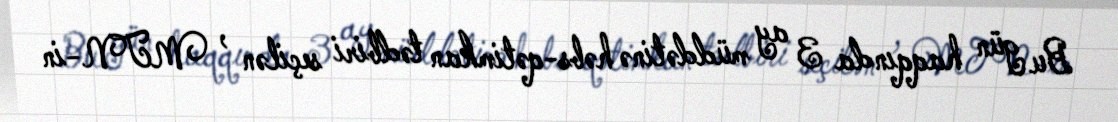
Bu gün haqqında 3 ay müddətinə həbs-qətimkan tədbiri seçilən , MTN-in